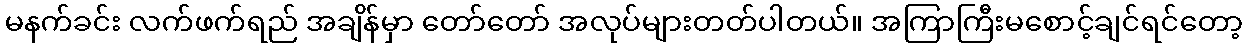
မနက်ခင်း လက်ဖက်ရည် အချိန်မှာ တော်တော် အလုပ်များတတ်ပါတယ်။ အကြာကြီးမစောင့်ချင်ရင်တော့